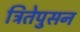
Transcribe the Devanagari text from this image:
त्रितेपुसन